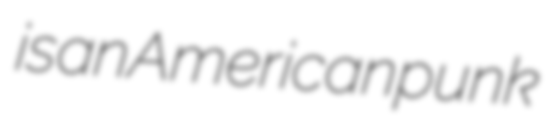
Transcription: is an American punk